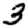
Digit: 3